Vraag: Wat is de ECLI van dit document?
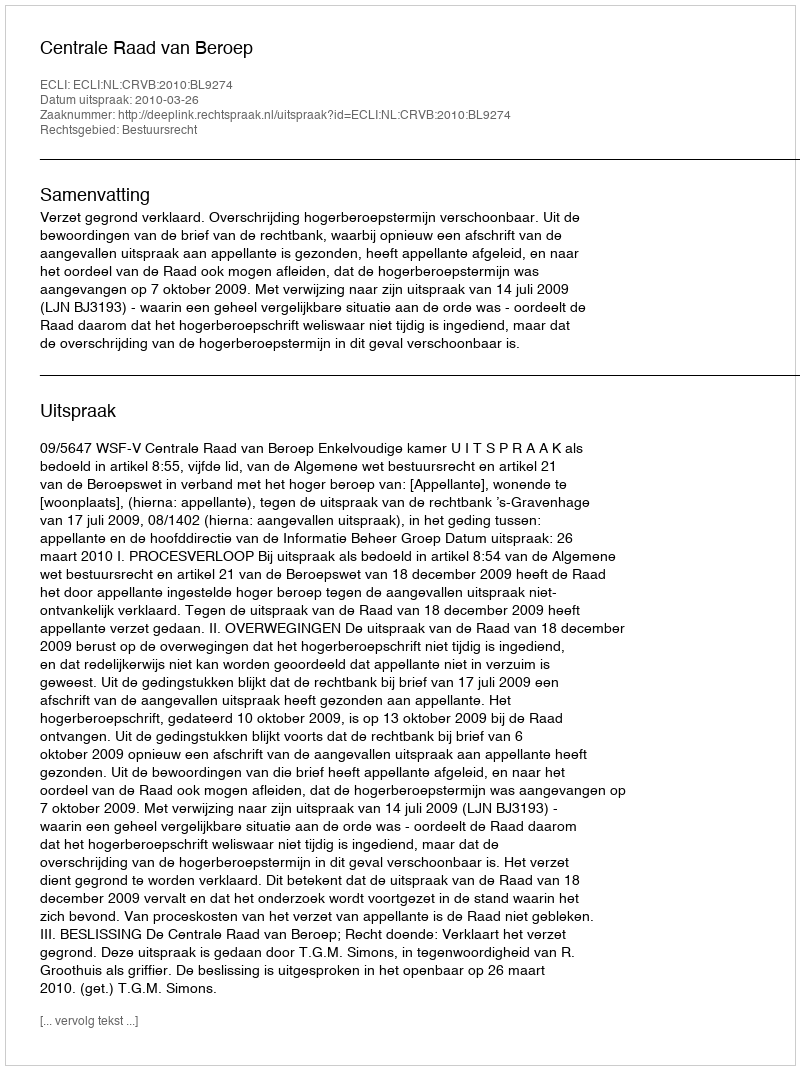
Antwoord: ECLI:NL:CRVB:2010:BL9274